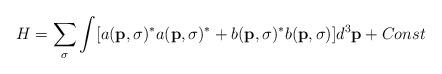
LaTeX: \begin{align*}H=\sum_{\sigma}\int [a({\bf p},\sigma)^*a({\bf p},\sigma)^* +b({\bf p},\sigma)^*b({\bf p},\sigma)]d^3{\bf p}+Const\end{align*}